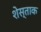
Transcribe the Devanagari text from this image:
शेस्ताक